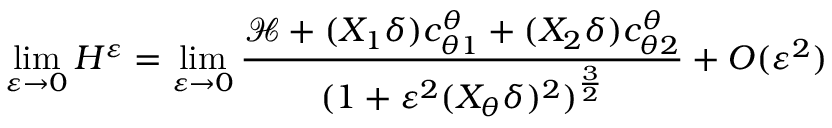
\operatorname* { l i m } _ { \varepsilon \to 0 } H ^ { \varepsilon } = \operatorname* { l i m } _ { \varepsilon \to 0 } \frac { \mathcal { H } + ( X _ { 1 } \delta ) c _ { \theta 1 } ^ { \theta } + ( X _ { 2 } \delta ) c _ { \theta 2 } ^ { \theta } } { ( 1 + \varepsilon ^ { 2 } ( X _ { \theta } \delta ) ^ { 2 } ) ^ { \frac { 3 } { 2 } } } + O ( \varepsilon ^ { 2 } )